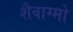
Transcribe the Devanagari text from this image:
शैवाग्मो